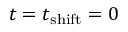
t = t _ { \mathrm { s h i f t } } = 0